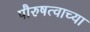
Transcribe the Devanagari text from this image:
पौरुषत्वाच्या